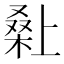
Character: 𭫌